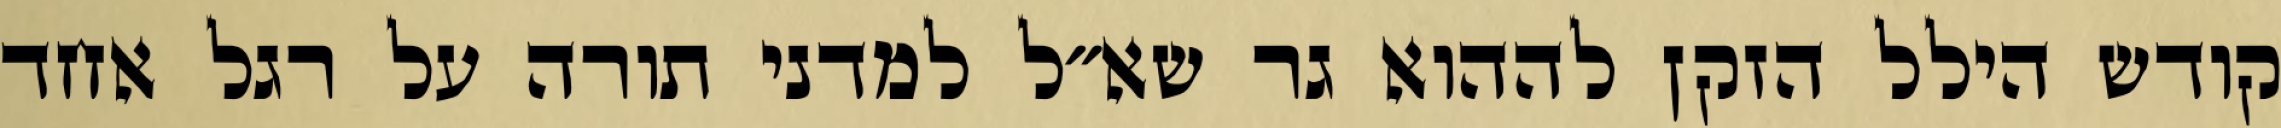
קודש הילל הזקן לההוא גר שא״ל למדני תורה על רגל אחד